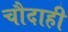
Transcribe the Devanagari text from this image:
चौदाही